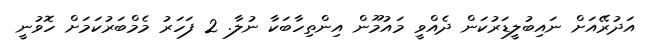
އަދުރޭއަށް ނައިބުލީޑަރުކަން ދެއްވީ މައުމޫން އިންތިހާބަކާ ނުލާ. 2 ފަހަރު މެމްބަރުކަމަށް ހޮވުނީ